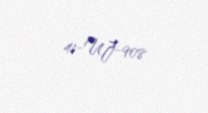
41-UJ-908